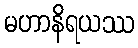
မဟာနိရယဿ